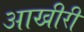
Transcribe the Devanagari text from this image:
आखीरी